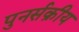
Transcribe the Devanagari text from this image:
पुनर्सक्रीय